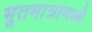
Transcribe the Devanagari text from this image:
भूतमात्रामध्ये